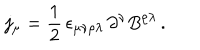
LaTeX: j _ { \mu } = \frac { 1 } { 2 } \, \epsilon _ { \mu \nu \rho \lambda } \, \partial ^ { \nu } B ^ { \rho \lambda } \, .